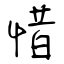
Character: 惜